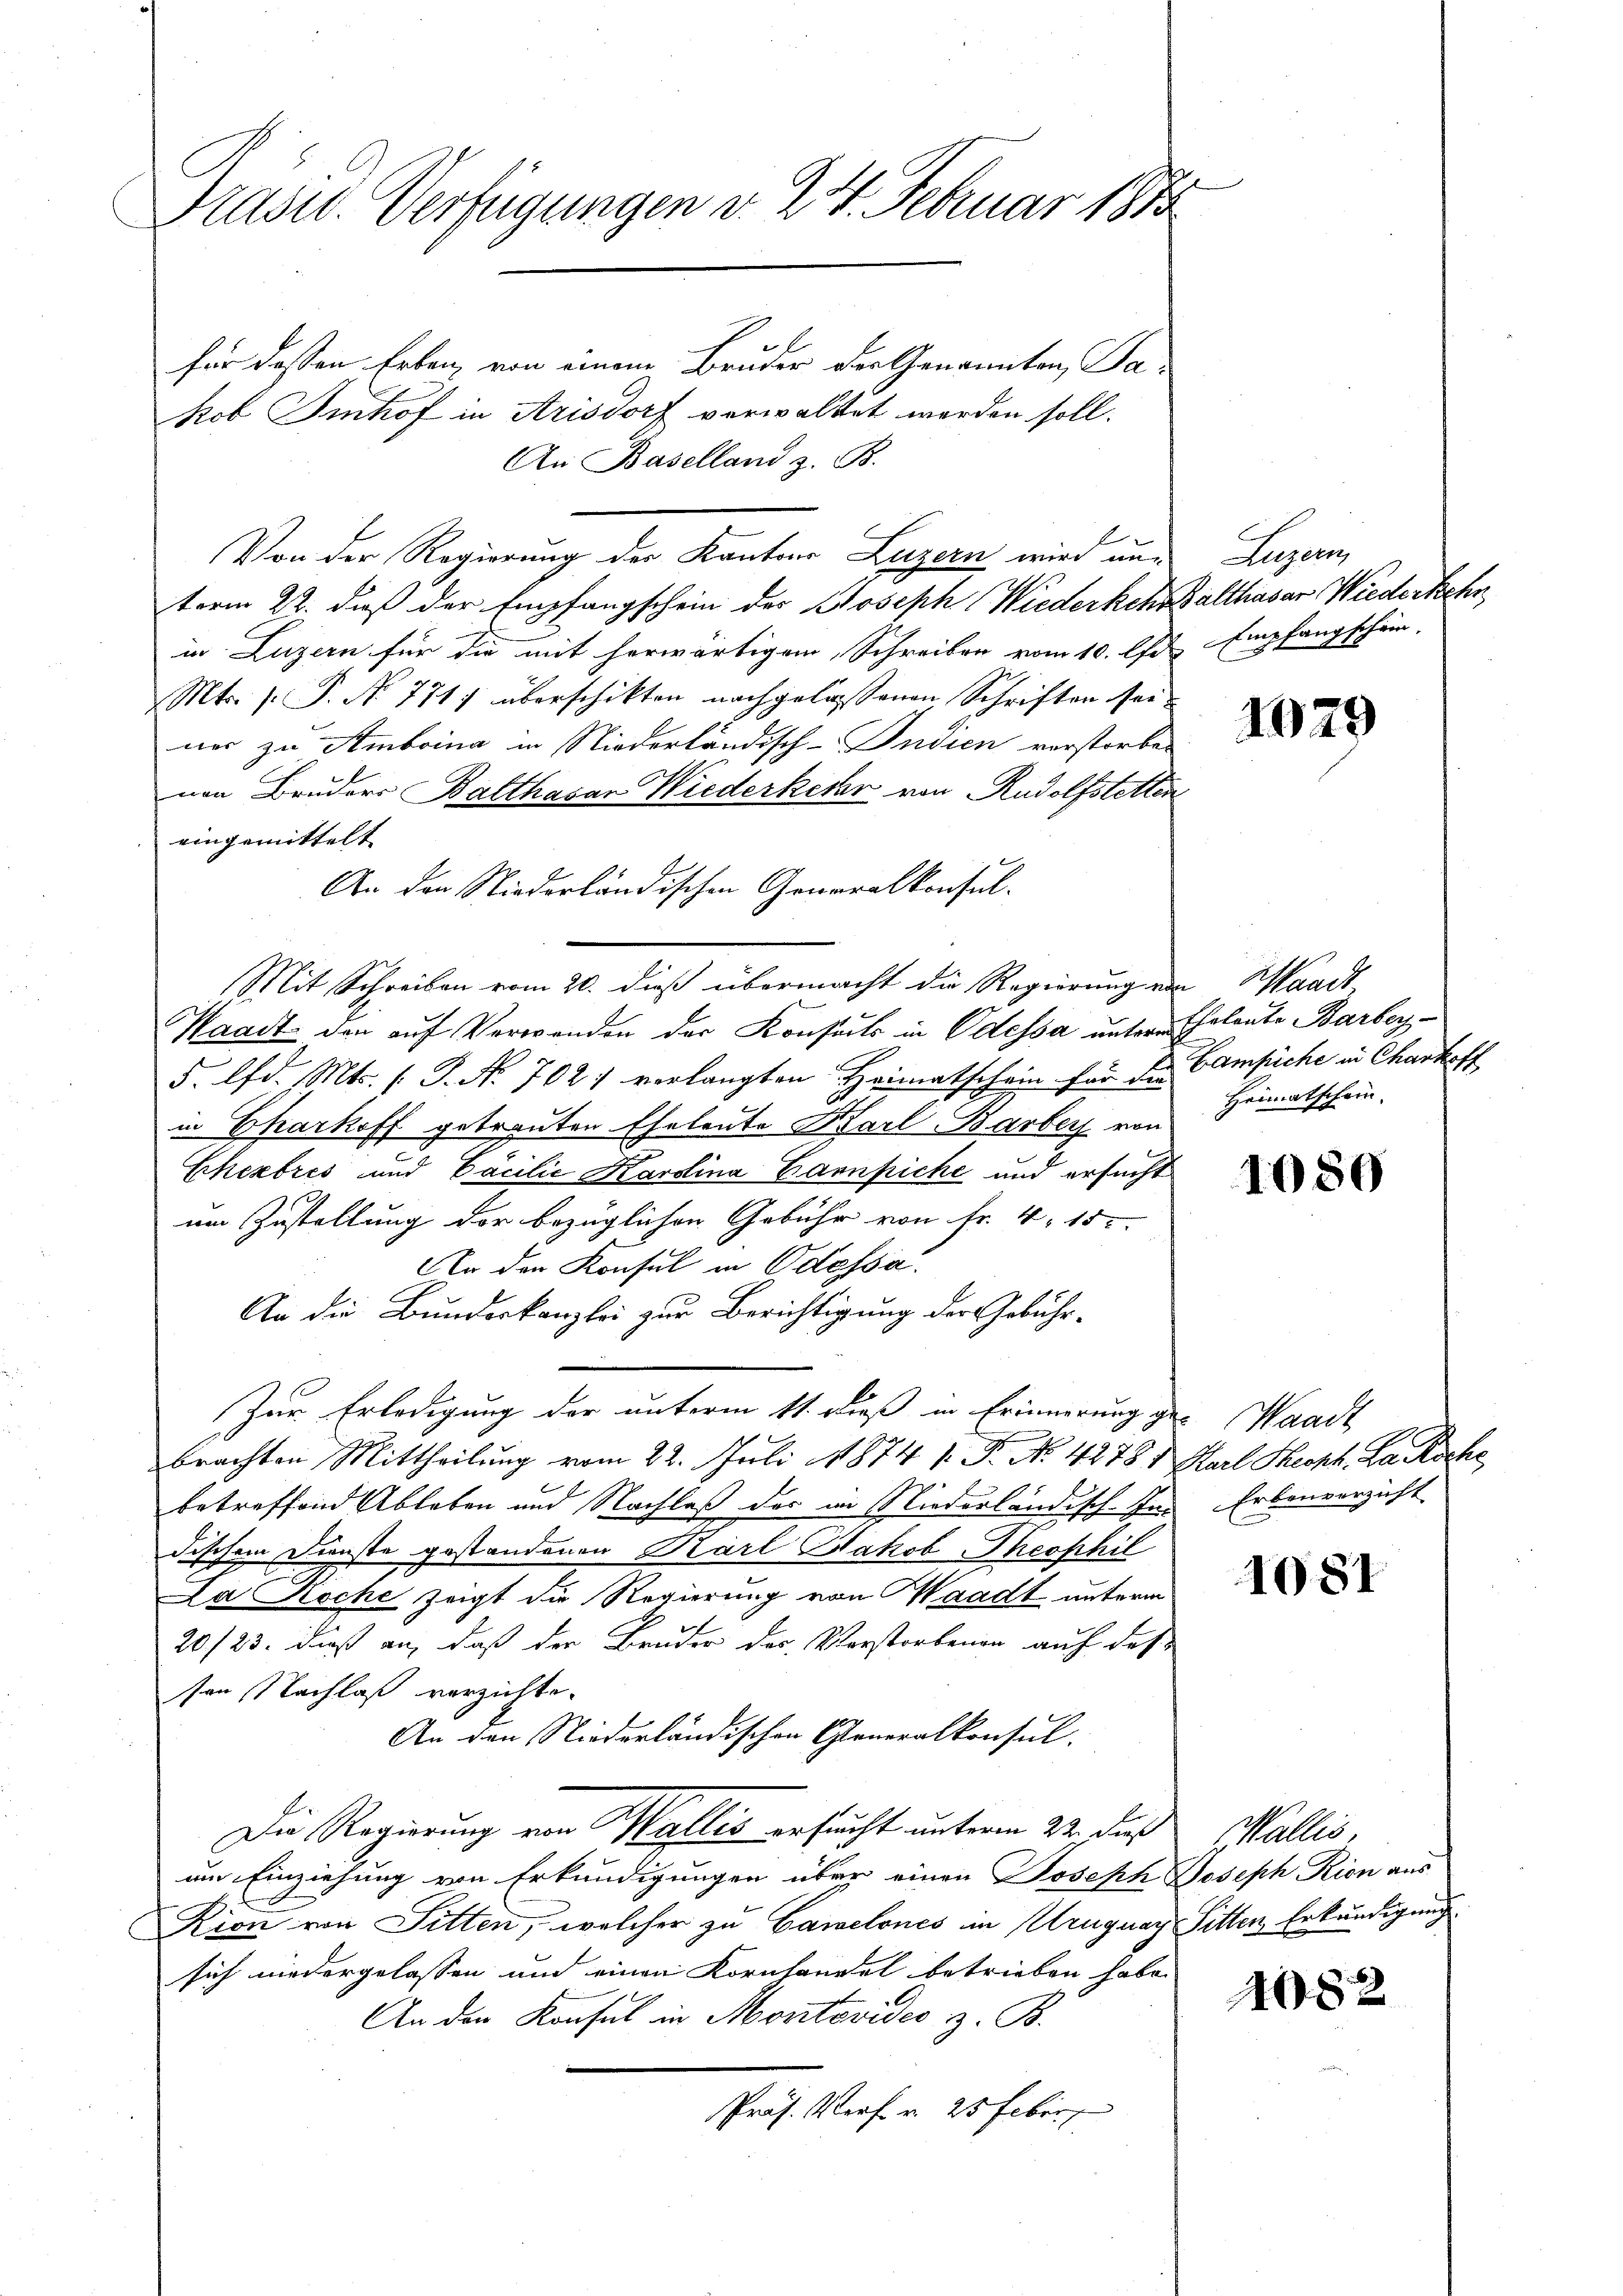
Prast. Verfügungen d. 24. Februar 1873

für dessen Erben, von einem Bruder der Genannten Takob Imhof in Arisdorf verwaltet werden soll.
An Baselland z. B.
Von der Regierung der Kantons Luzern wird unterm 22. dieß der Empfangschein des Joseph Wiederkehr Balthasar Wiederkehr,
in Luzern für die mit herwärtigem Schreiben vom 10. lt. Empfangschein-
Mts. f. P. No 771) überschikten nachgelassenen Schriften seiner zu Amboina in Niederländisch-Indien vorstorben
von Bruders Balthasar Wiederketar von Rudolfstetten
eingemittelt.
An den Niederländischen Generalkonsul-
Mit Schreiben vom 20. dieß übermacht die Regierung von Waadt,
Waadt den auf Verwanden der Konsuls in Odessa untere Thalente Barbey
5. lfd. Mts. (T. No. 702 verlangten Heimatschein für de Campiche in Charkoff
in Charkoff getrauten Eheleute Karl Barber von
Scherbres und Cacilie Kardina Bannpiche und ersucht
um Zustellung der bezüglichen Gebühr von Fr. 4. 15
An den Konsul in Odessa.
An die Bunderkanzlei zur Berichtigung der Gebühr¬
Zur Erledigung der unterm 11. dieß in Erinnerung ge- Waadt
brachten Mittheilung vom 22. Juli 1874 1. P. No. 4278 1 Karl Theoph. La Roche
betreffend Ableben und Nachlaß der im Niederländisch-Indischem Dienste gestandenen Karl Jakob Theophil
Da Koche zeigt die Regierung von Waadt unterm
20/23. dieß an, daß der Bruder der Verstorbenen auf des
sen Nachlaß verzichte.
An den Niederländischen Generalkonsul-
Die Regierung von Wallis ersucht unterm 22. des Wallis,
um Einziehung von Erkundigungen über einen Joseph Joseph Rion aus
Rion von Fitten, welcher zu Camelones in Uruguay Sitten Erkundigung
sich niedergelassen und einen Kornhandel betrieben habe.
An den Konsul in Montovides z. B.
Präs. Verf. v. 25 Feber

Luzern

1029

Heimatschein.

1080

Erbenverzicht

1081

4082